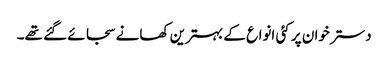
دسترخوان پر کئی انواع کے بہترین کھانے سجائے گئے تھے۔